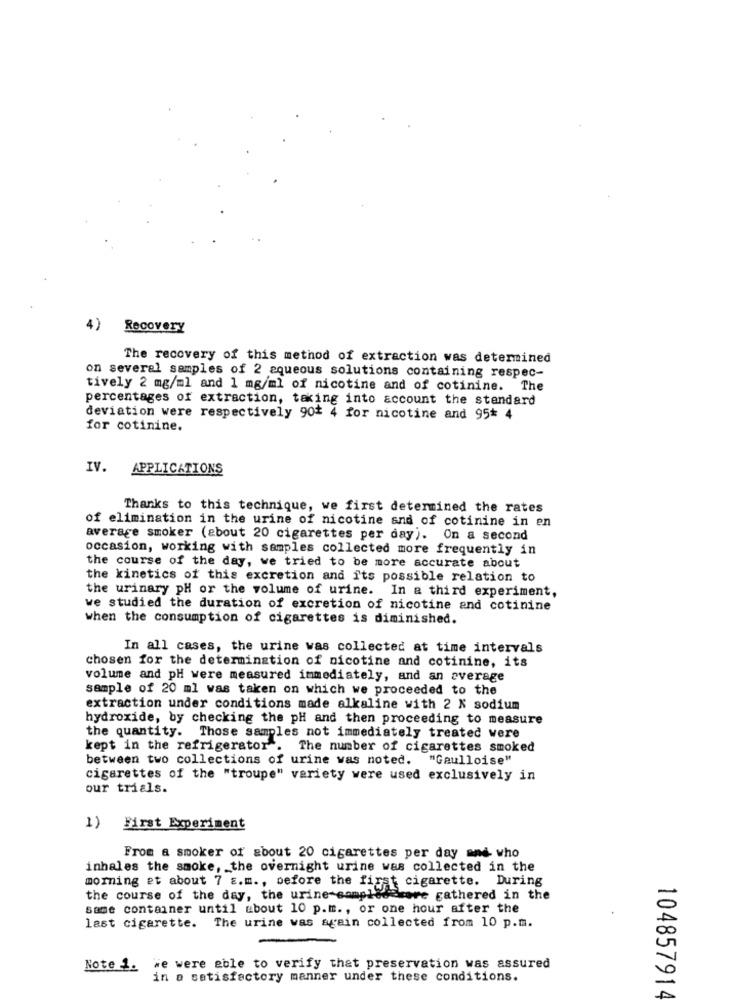
4)
Recovery
The recovery of this method of extraction was determined
on several samples of 2 aqueous solutions containing respec-
tively 2 mg/ml and 1 mg/ml of nicotine and of cotinine. The
percentages of extraction, taking into account the standard
deviation were respectively 90* 4 for nicotine and 95* 4
for cotinine.
IV. APPLICATIONS
Thanks to this technique, we first determined the rates
of elimination in the urine of nicotine and of cotinine in en
average smoker (about 20 cigarettes per day). On a second
occasion, working with samples collected more frequently in
the course of the day, we tried to be more accurate about
the kinetics of this excretion and its possible relation to
the urinary pH or the volume of urine. In a third experiment,
we studied the duration of excretion of nicotine and cotinine
when the consumption of cigarettes is diminished.
In all cases, the urine was collected at time intervals
chosen for the determination of nicotine and cotinine, its
volume and pH were measured immediately, and an average
sample of 20 ml was taken on which we proceeded to the
extraction under conditions made alkaline with 2 N sodium
hydroxide, by checking the pH and then proceeding to measure
the quantity. Those samples not immediately treated were
kept in the refrigerator . The number of cigarettes smoked
between two collections of urine was noted. "Gaulloise"
cigarettes of the "troupe" variety were used exclusively in
our trials.
1) First Experiment
From a smoker of about 20 cigarettes per day and who
inhales the smoke, the overnight urine was collected in the
morning et about 7 g.m ., before the fixa
*17af cigarette. During
the course of the day, the urine-sompled kore gathered in the
same container until about 10 p.m ., or one hour after the
last cigarette. The urine was again collected from 10 p.m.
Note 1. we were able to verify that preservation was assured
in a satisfactory manner under these conditions.
104857914